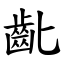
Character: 齔